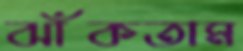
ঝাঁকতাম